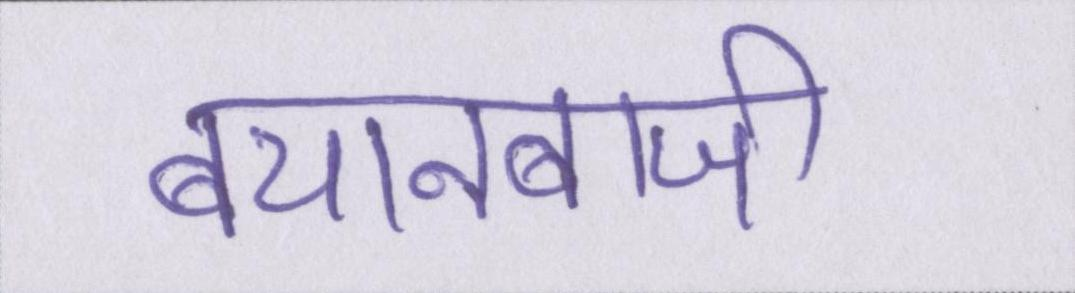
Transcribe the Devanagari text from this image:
बयानबाजी